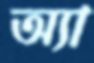
অ্যা